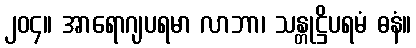
၂၀၄။ အာရောဂျပရမာ လာဘာ၊ သန္တုဋ္ဌိပရမံ ဓနံ။